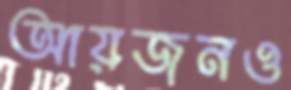
আয়জনও